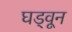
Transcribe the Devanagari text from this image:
घड्वून